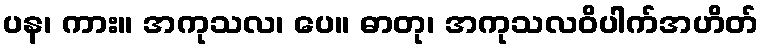
ပန၊ ကား။ အကုသလ၊ ပေ။ ဓာတု၊ အကုသလဝိပါက်အဟိတ်